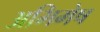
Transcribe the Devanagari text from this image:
अभिमेष